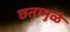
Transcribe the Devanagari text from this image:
छतामुळे